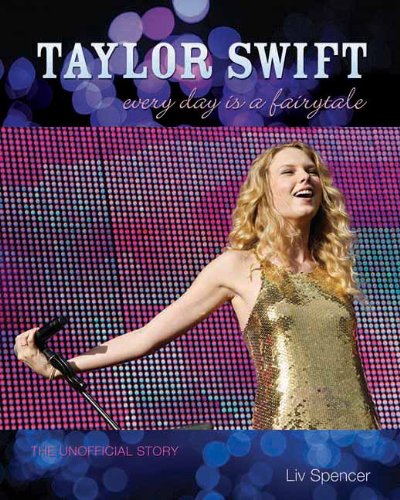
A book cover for Taylor Swift: Every Day Is a Fairytale: The Unofficial Story; Liv Spencer; Teen & Young Adult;